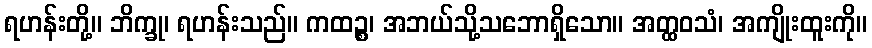
ရဟန်းတို့။ ဘိက္ခု၊ ရဟန်းသည်။ ကထဉ္စ၊ အဘယ်သို့သဘောရှိသော။ အတ္ထဝသံ၊ အကျိုးထူးကို။